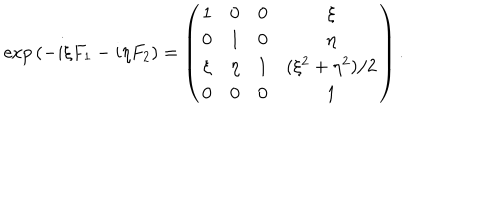
LaTeX: \exp { \left( - i \xi F _ { 1 } - i \eta F _ { 2 } \right) } = \left( \begin{matrix} { { 1 } } & { { 0 } } & { { 0 } } & { { \xi } } \\ { { 0 } } & { { 1 } } & { { 0 } } & { { \eta } } \\ { { \xi } } & { { \eta } } & { { 1 } } & { { ( \xi ^ { 2 } + \eta ^ { 2 } ) / 2 } } \\ { { 0 } } & { { 0 } } & { { 0 } } & { { 1 } } \\ \end{matrix} \right) .